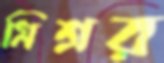
মিশ্রর